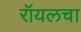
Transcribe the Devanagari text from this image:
रॉयलचा